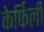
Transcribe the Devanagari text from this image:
केर्फिली